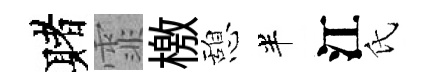
赌霏檄憩半江氏